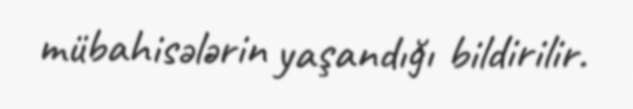
mübahisələrin yaşandığı bildirilir.